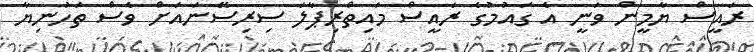
ރައީސް ޔާމީން ވަނީ އެ ގައުމުގެ ރައީސް މައިތްރިޕާލަ ސިރިސޭނައަށް ވެސް ތަހުނިޔާ